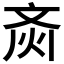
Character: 𱌗